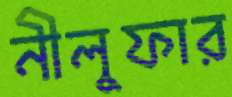
নীলুফার